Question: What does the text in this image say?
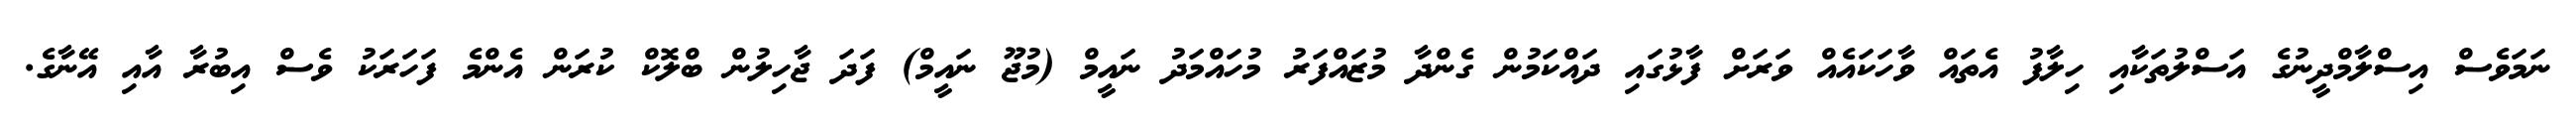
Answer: ނަމަވެސް އިސްލާމްދީނުގެ އަސްލުތަކާއި ހިލާފު އެތައް ވާހަކައެއް ވަރަށް ފާޅުގައި ދައްކަމުން ގެންދާ މުޒައްފަރު މުހައްމަދު ނައީމް (މުޖޫ ނައީމް) ފަދަ ޖާހިލުން ބްލޮކް ކުރަން އެންމެ ފަހަރަކު ވެސް އިބުރާ އާއި އޭނާގެ.